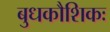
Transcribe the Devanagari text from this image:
बुधकौशिकः